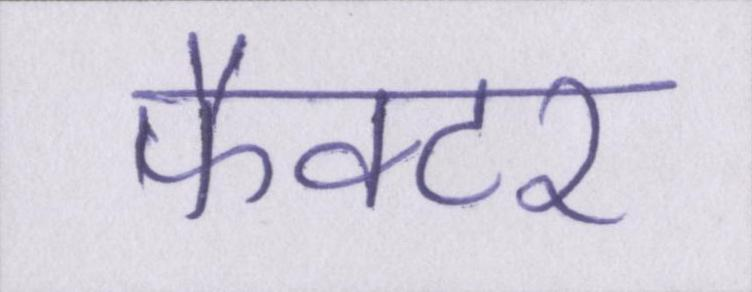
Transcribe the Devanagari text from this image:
फैक्टर